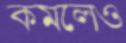
কমলেও